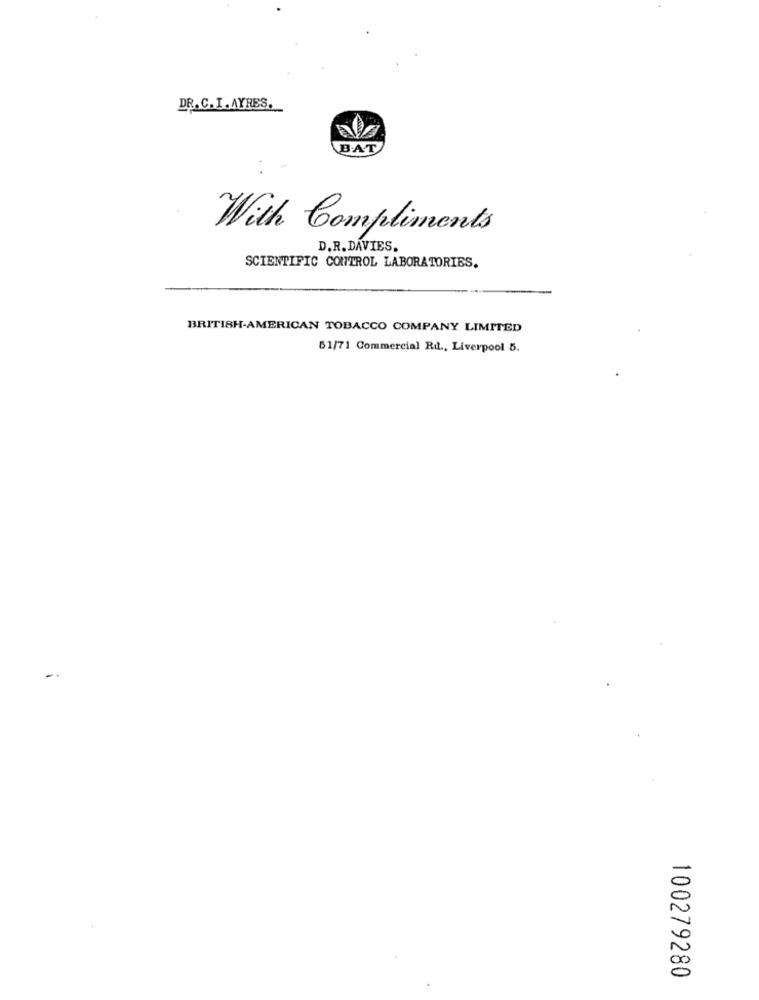
DR.C.I. AYRES.
BAT
With Compliments
D.R. DAVIES.
SCIENTIFIC CONTROL LABORATORIES.
BRITISH-AMERICAN TOBACCO COMPANY LIMITED
51/71 Commercial Rd ., Liverpool 5.
100279280